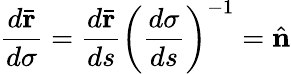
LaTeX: \frac{d\bar{\mathbf r}}{d\sigma}=\frac{d\bar{\mathbf r}}{ds}\left(\frac{d\sigma}{ds}\right)^{-1}=\hat{\mathbf n}